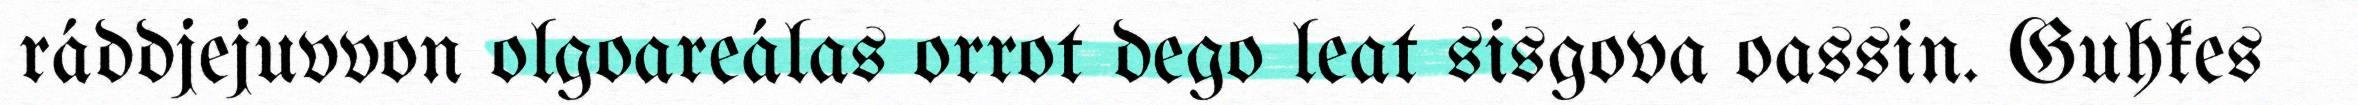
ráddjejuvvon olgoareálas orrot dego leat sisgova oassin. Guhkes